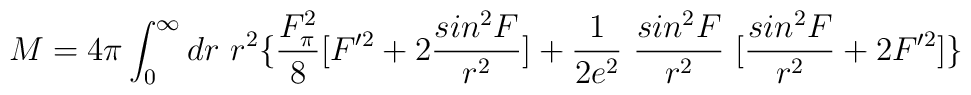
M= 4\pi \int_0^\infty dr~r^2\{ \frac{F_\pi^2}{8} [ F'^2 +2\frac{sin^2F}{r^2} ] +\frac{1}{2e^2} ~\frac{sin^2F}{r^2}~[\frac{sin^2F}{r^2} + 2F'^2]\}